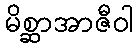
မိစ္ဆာအာဇီဝါ